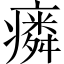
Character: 𱱥